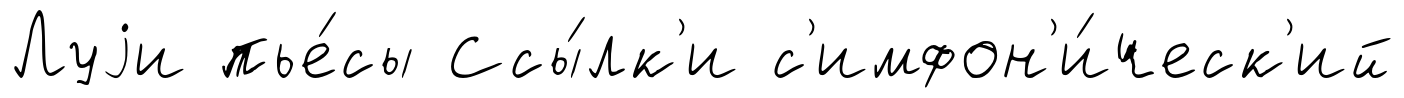
Луjи пье́сы Ссы́лк'и с'имфон'и́ческ'ий